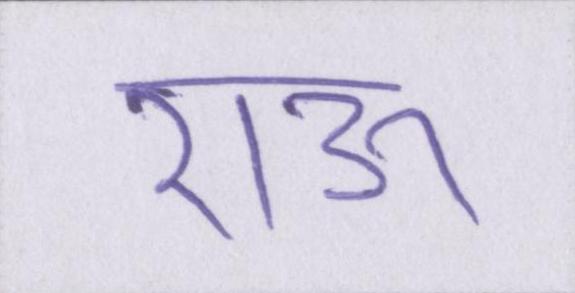
राऊ